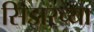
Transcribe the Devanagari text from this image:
सिझरच्या